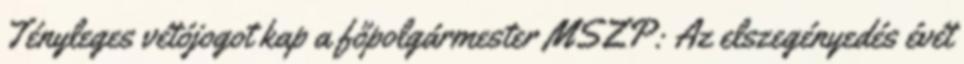
Tényleges vétójogot kap a főpolgármester MSZP: Az elszegényedés évét